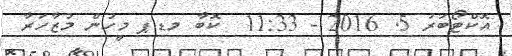
އޮކްޓޯބަރު 5